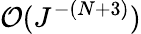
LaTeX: \mathcal{O}(J^{-(N+3)})